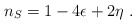
\begin{align*}n_S = 1-4\epsilon + 2\eta ~.\end{align*}